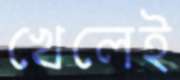
খেলেই